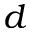
d